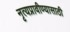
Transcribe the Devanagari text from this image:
नृत्यप्रावीण्यासाठी